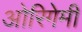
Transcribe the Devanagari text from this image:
ओरिगेमी